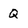
Character: Q